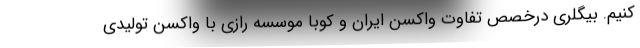
کنیم. بیگلری درخصص تفاوت واکسن ایران و کوبا موسسه رازی با واکسن تولیدی